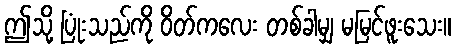
ဤသို့ ပြုံးသည်ကို ဝိတ်ကလေး တစ်ခါမျှ မမြင်ဖူးသေး။